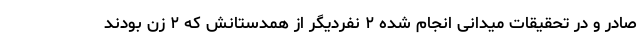
صادر و در تحقیقات میدانی انجام شده ۲ نفردیگر از همدستانش که ۲ زن بودند